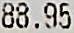
88.95